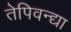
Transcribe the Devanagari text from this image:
तेपिवन्द्या